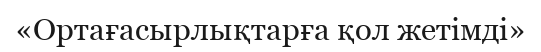
«Ортағасырлықтарға қол жетімді»